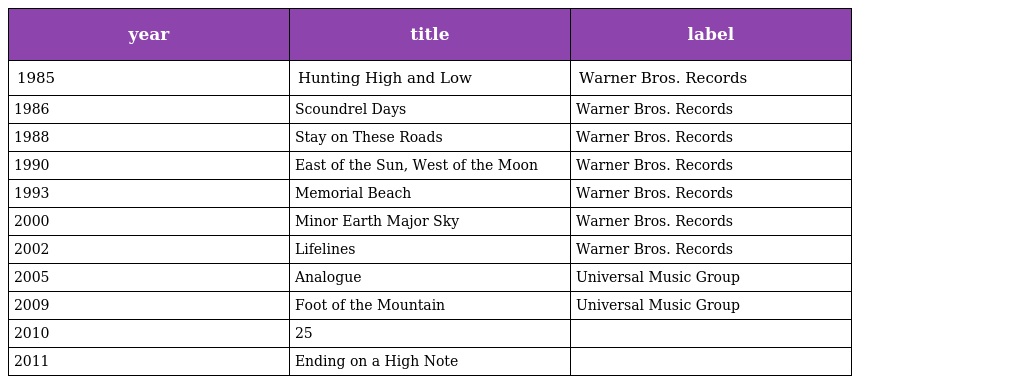
| year | title | label |
 | --- | --- | --- |
 | 1985 | Hunting High and Low | Warner Bros. Records |
 | 1986 | Scoundrel Days | Warner Bros. Records |
 | 1988 | Stay on These Roads | Warner Bros. Records |
 | 1990 | East of the Sun, West of the Moon | Warner Bros. Records |
 | 1993 | Memorial Beach | Warner Bros. Records |
 | 2000 | Minor Earth Major Sky | Warner Bros. Records |
 | 2002 | Lifelines | Warner Bros. Records |
 | 2005 | Analogue | Universal Music Group |
 | 2009 | Foot of the Mountain | Universal Music Group |
 | 2010 | 25 |  |
 | 2011 | Ending on a High Note |  |